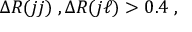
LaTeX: \Delta R ( j j ) \; , \Delta R ( j \ell ) > 0 . 4 \; ,